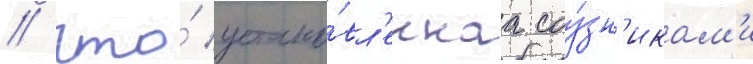
/ что́ устано́вл'еннаа соу́зн'икам'и